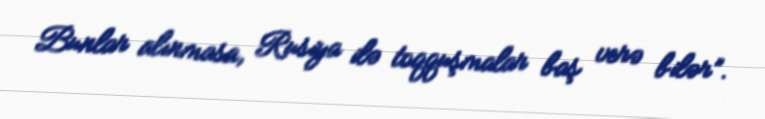
Bunlar alınmasa, Rusiya ilə toqquşmalar baş verə bilər”.